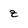
Character: z